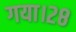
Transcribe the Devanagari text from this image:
गया।२८